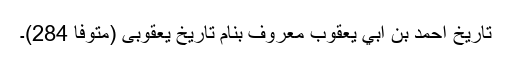
تاريخ احمد بن ابي يعقوب معروف بنام تاريخ يعقوبی (متوفا 284)۔